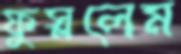
ফুস্‌ললেম